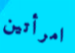
امرأتين